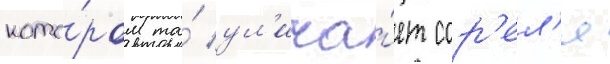
кото́ром та́ ул'ича́ет сор'ел'я